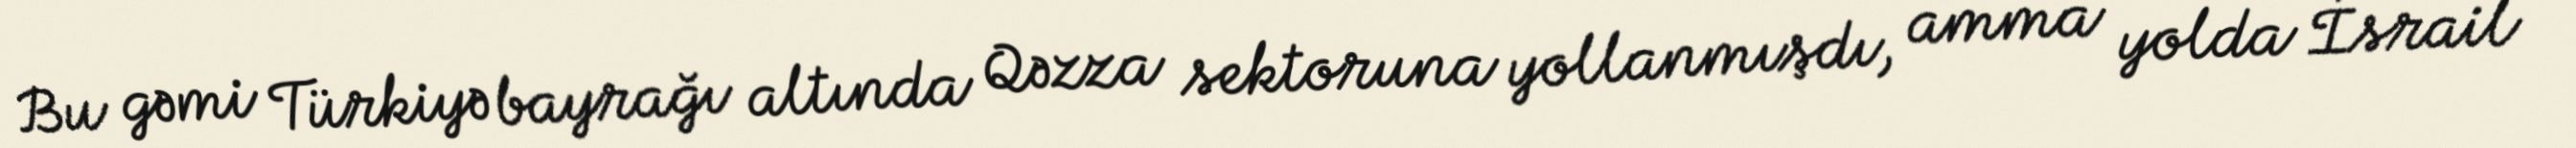
Bu gəmi Türkiyə bayrağı altında Qəzza sektoruna yollanmışdı, amma yolda İsrail